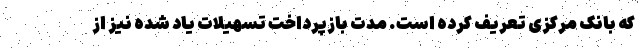
که بانک مرکزی تعریف کرده است. مدت بازپرداخت تسهیلات یاد شده نیز از